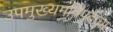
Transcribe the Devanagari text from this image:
उपमुख्यमंत्रिपदाचा